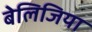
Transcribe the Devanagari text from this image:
बेलिजिया